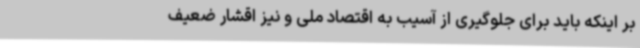
بر اینکه باید برای جلوگیری از آسیب به اقتصاد ملی و نیز اقشار ضعیف